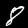
Label: 8